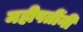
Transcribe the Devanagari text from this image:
महीपतींनी